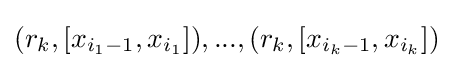
(r_{k},[x_{i_{1}-1},x_{i_{1}}]),...,(r_{k},[x_{i_{k}-1},x_{i_{k}}])